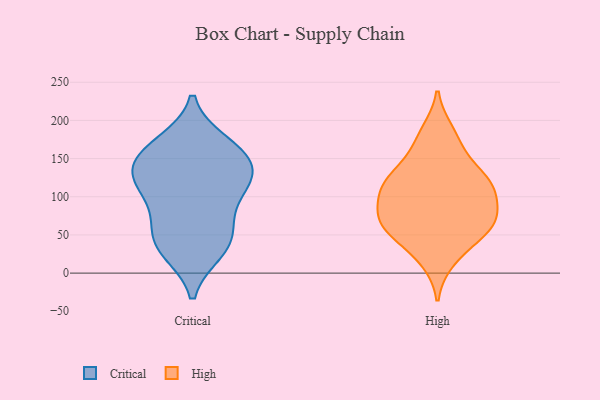
{"axis": {"x": "Headcount", "y": "Value"}, "legend": ["Critical", "High"], "data": [{"x": "", "y": 55, "type": "Critical"}, {"x": "", "y": 123, "type": "Critical"}, {"x": "", "y": 126, "type": "Critical"}, {"x": "", "y": 137, "type": "Critical"}, {"x": "", "y": 75, "type": "Critical"}, {"x": "", "y": 159, "type": "Critical"}, {"x": "", "y": 33, "type": "Critical"}, {"x": "", "y": 164, "type": "Critical"}, {"x": "", "y": 112, "type": "Critical"}, {"x": "", "y": 42, "type": "Critical"}, {"x": "", "y": 102, "type": "Critical"}, {"x": "", "y": 143, "type": "Critical"}, {"x": "", "y": 170, "type": "Critical"}, {"x": "", "y": 29, "type": "Critical"}, {"x": "", "y": 141, "type": "High"}, {"x": "", "y": 67, "type": "High"}, {"x": "", "y": 119, "type": "High"}, {"x": "", "y": 38, "type": "High"}, {"x": "", "y": 185, "type": "High"}, {"x": "", "y": 98, "type": "High"}, {"x": "", "y": 60, "type": "High"}, {"x": "", "y": 17, "type": "High"}, {"x": "", "y": 114, "type": "High"}, {"x": "", "y": 71, "type": "High"}, {"x": "", "y": 115, "type": "High"}, {"x": "", "y": 65, "type": "High"}, {"x": "", "y": 126, "type": "High"}, {"x": "", "y": 171, "type": "High"}, {"x": "", "y": 63, "type": "High"}, {"x": "", "y": 94, "type": "High"}]}